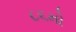
૮૬મો